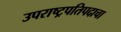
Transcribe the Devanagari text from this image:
उपराष्ट्रपतिपदाचा